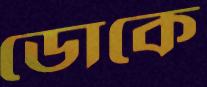
ডোকে